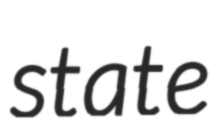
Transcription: state